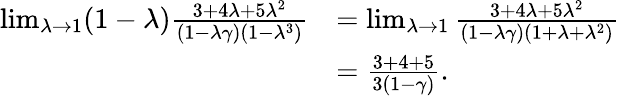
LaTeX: \begin{array}{rl}{\operatorname*{lim}_{\lambda\to 1}(1-\lambda)\frac{3+4\lambda+5\lambda^{2}}{(1-\lambda\gamma)(1-\lambda^{3})}}&{=\operatorname*{lim}_{\lambda\to 1}\frac{3+4\lambda+5\lambda^{2}}{(1-\lambda\gamma)(1+\lambda+\lambda^{2})}}\\ &{=\frac{3+4+5}{3(1-\gamma)}.}\end{array}